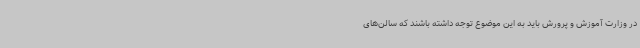
در وزارت آموزش و پرورش باید به این موضوع توجه داشته باشند که سالن‌های